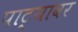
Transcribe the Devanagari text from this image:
पाट्यावर